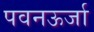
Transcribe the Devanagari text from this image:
पवनऊर्जा